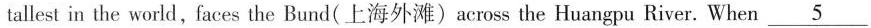
tallest in the world,faces the Bund (上海外滩) across the Huangpu River. When\underline{5}